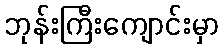
ဘုန်းကြီးကျောင်းမှာ